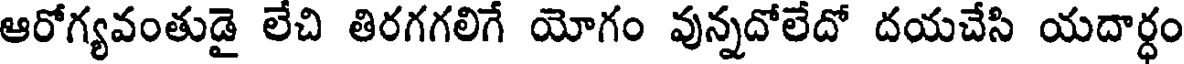
ఆరోగ్యవంతుడై లేచి తిరగగలిగే యోగం వున్నదోలేదో దయచేసి యదార్ధం